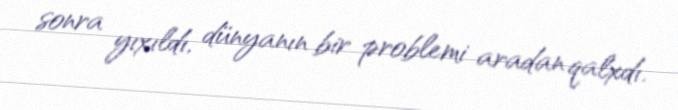
sonra yıxıldı, dünyanın bir problemi aradan qalxdı.